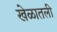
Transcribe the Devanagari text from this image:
खेळातली